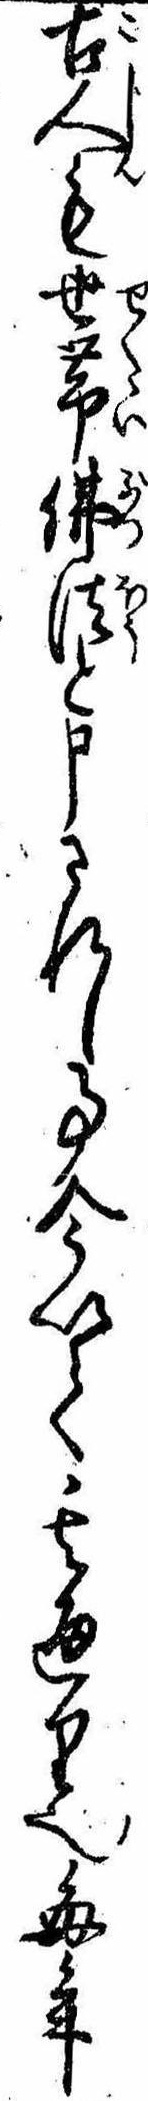
古人も世帯仏法と申されし事今以て其通り也毎年